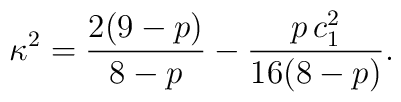
\kappa^2 = \frac{2(9-p)}{8-p} - \frac{p \, c_1^2}{16(8-p)}.